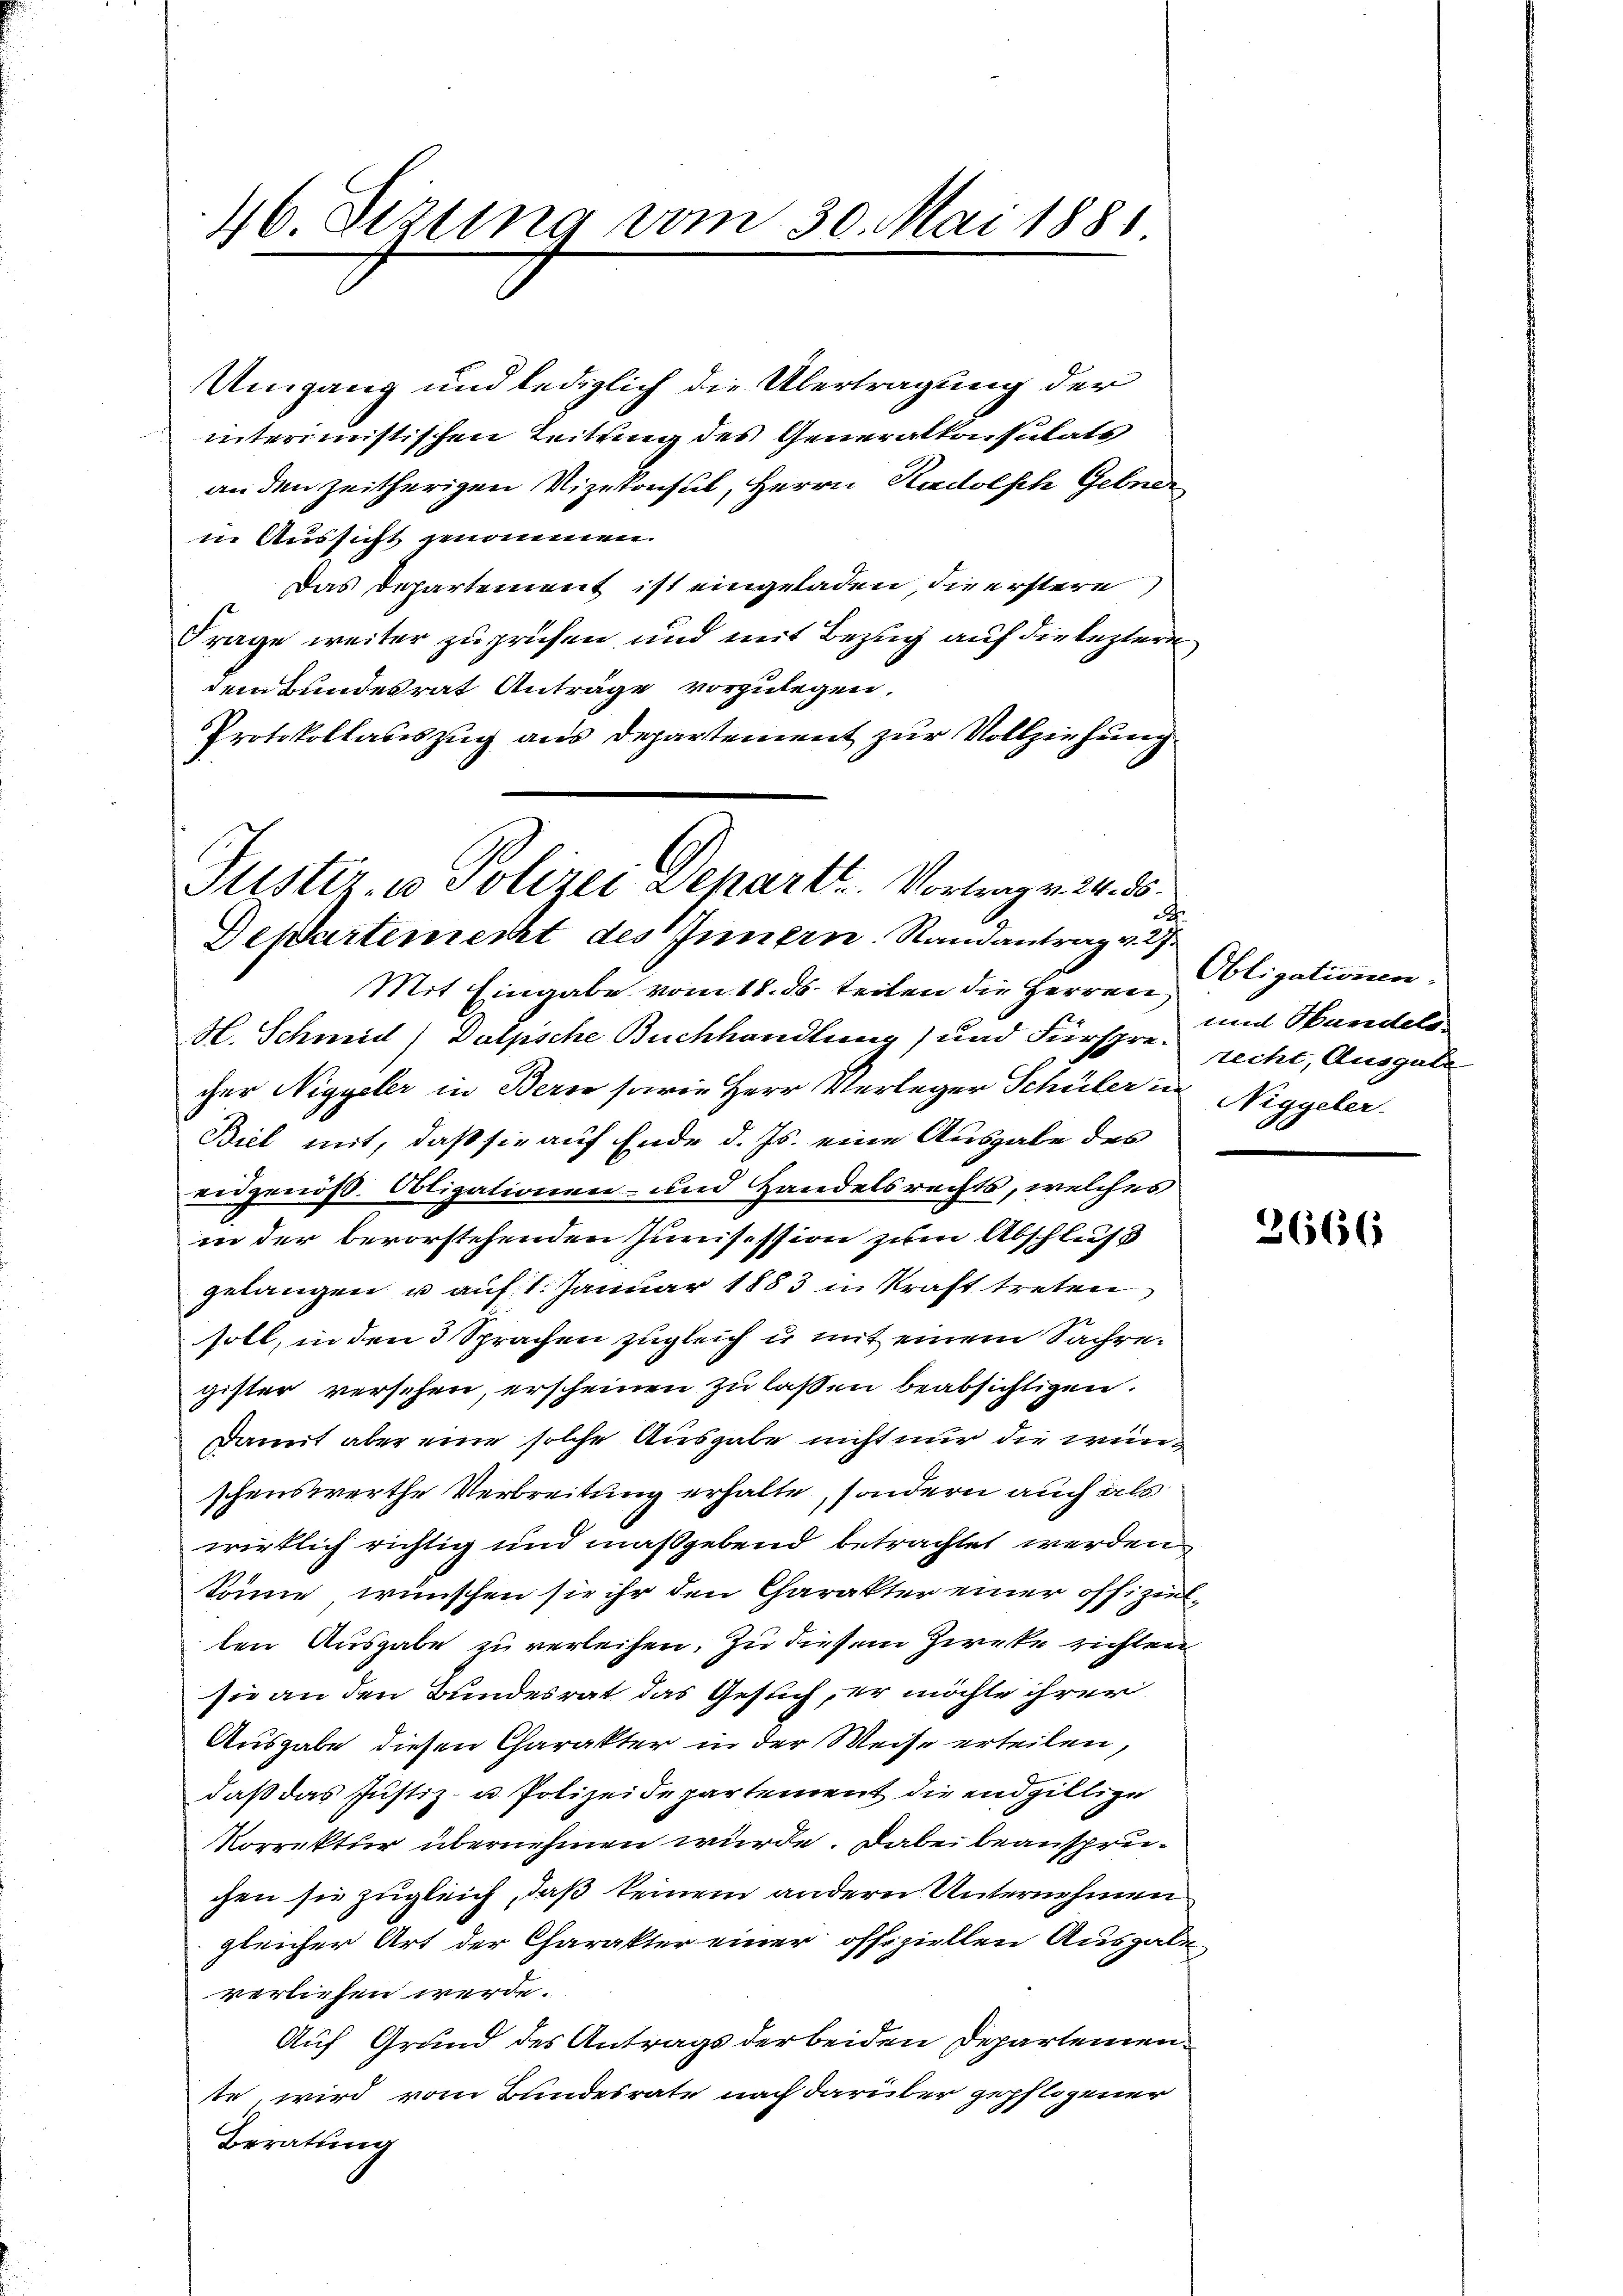
46. Sezung vom 30. Mai 1881

Umgang und lediglich die Übertragung der
interimistischen Leitung des Generalkonsulats
an den zeitherigen Vizekonsul, Herrn Radolsch Gebede
in Aussicht genommen.
Das Departement ist eingeladen, die erstere
Frage weiter zu prüfen, und mit Bezug auf die leztere
dem Bundesrat Anträge vorzulegen.
Protokollauszug aus Departement zur Vollziehung
Mit Eingabe vom 18. ds. teilen die Herren
H. Schmid) Dalpsche Buchhandlung) und Fürschen recht, Ausgabe
cher Niggeler in Bern sowie Herr Verleger Schüler in
Biel mit, daß sie auf Ende d. Js. eine Ausgabe des
ridgenöß. Obligationen- und Handelsrechts, welches
in der bevorstehenden Junisession zum Abschluß
gelangen u auf 1. Januar 1883 in Kraft treten
soll, in den 3 Sprachen zugleich u. mit einem Sacheregister versehen, erscheinen zu laßen beabsichtigen.
Damit aber eine solche Ausgabe nicht nur die winschenswerthe Verbreitung erhalte, sondern auch als
wirklich richtig und maßgebend betrachtet werden
könne, wünschen sie ihr den Charakter einer offizielten Ausgabe zu verleihen. Zu diesem Zirke richten
sie an den Bundesrat das Gesuch, er möchte ihrer
Ausgabe diesen Charakter in der Weise erteilen,
daß das Justiz- u Polizeidepartement die endgiltige
Korrektur übernehmen würde. Dabei beansprüchen sie zugleich, daß keinem andern Unternehmen
gleicher Art der Charakter einer offiziellen Ausgabe
verliefen werde.
Auf Grund des Antrags der beiden Departemente, wird vom Bundesrate nach darüber gepflogener
Beratung

Justir- u Polizei Departe. Vortragen 24. 85.
2
Departemerkt des Innern. Randantrag v. 2

Obligationen.
und Handels-
Niggeler.

3666